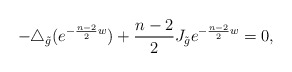
\begin{align*}-\triangle_{\tilde{g}}(e^{-\frac{n-2}{2}w})+\frac{n-2}{2}J_{\tilde{g}}e^{-\frac{n-2}{2}w}=0,\end{align*}